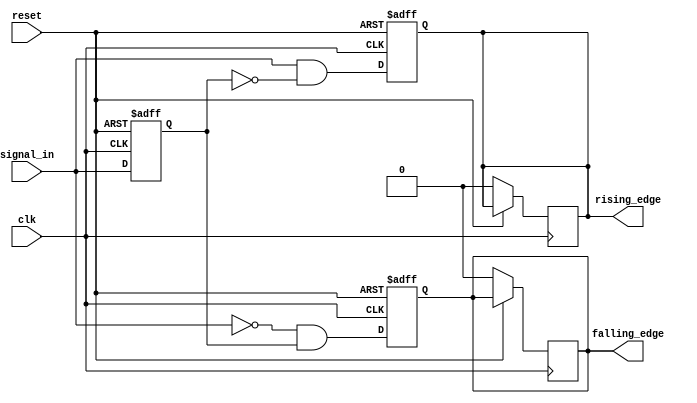
module differential_edge_detector (
    input wire clk,              // Clock signal
    input wire reset,            // Reset signal
    input wire signal_in,        // Input signal
    output reg rising_edge,      // Rising edge output
    output reg falling_edge      // Falling edge output
);

    // Memory block to store the previous state of the input signal
    reg previous_signal;

    // Edge detection logic
    always @(posedge clk or posedge reset) begin
        if (reset) begin
            // Initialize on reset
            previous_signal <= 1'b0;
            rising_edge <= 1'b0;
            falling_edge <= 1'b0;
        end else begin
            // Edge detection logic
            rising_edge <= (signal_in && !previous_signal);   // Rising edge detected
            falling_edge <= (!signal_in && previous_signal);  // Falling edge detected
            
            // Update the previous signal state
            previous_signal <= signal_in;
        end
    end

    // De-assert output signals after one clock cycle
    always @(posedge clk) begin
        if (!reset) begin
            // Reset outputs if they were set high
            if (rising_edge) begin
                rising_edge <= 1'b0;
            end
            if (falling_edge) begin
                falling_edge <= 1'b0;
            end
        end
    end

endmodule